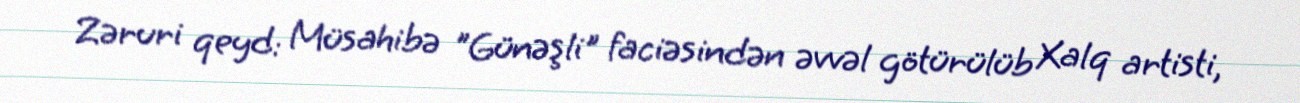
Zəruri qeyd: Müsahibə "Günəşli" faciəsindən əvvəl götürülüb Xalq artisti,